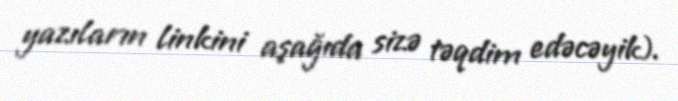
yazıların linkini aşağıda sizə təqdim edəcəyik).